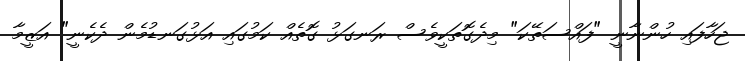
ޖަހާފައި ހުންނާނީ "ފައްސަތޭކަ" މިދެގޮތަކީވެސް ރަނގަޅު ގޮތެއް ކަމުގައި އަޅުގަނޑުމެން ދެކެނީ" އަޒީމާ